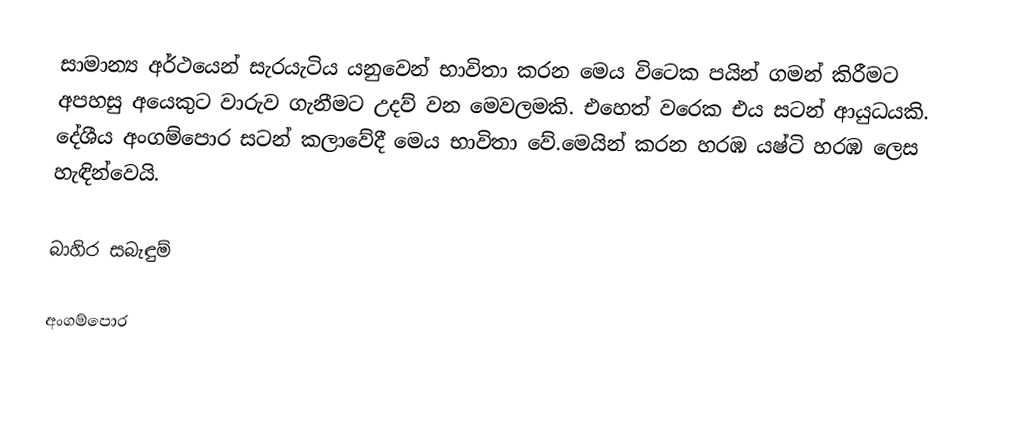
සාමාන්‍ය අර්ථයෙන් සැරයැටිය යනුවෙන් භාවිතා කරන මෙය විටෙක පයින් ගමන් කිරීමට අපහසු අයෙකුට වාරුව ගැනීමට උදව් වන මෙවලමකි. එහෙත් වරෙක එය සටන් ආයුධයකි. දේශීය අංගම්පොර සටන් කලාවේදී මෙය භාවිතා වේ.මෙයින් කරන හරඹ යෂ්ටි හරඹ ලෙස හැඳින්වෙයි.

බාහිර සබැඳුම්

අංගම්පොර